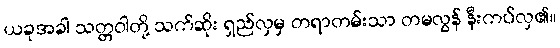
ယခုအခါ သတ္တဝါတို့ သက်ဆိုး ရှည်လှမှ တရာတမ်းသာ တမလွန် နီးကပ်လှ၏။